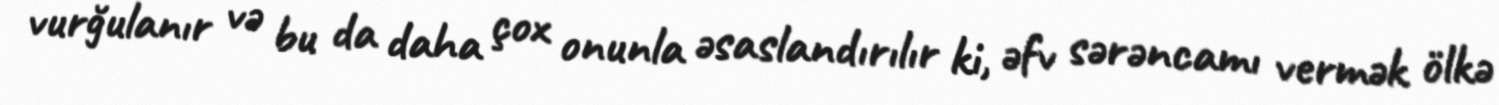
vurğulanır və bu da daha çox onunla əsaslandırılır ki, əfv sərəncamı vermək ölkə